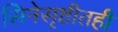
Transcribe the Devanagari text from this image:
सिनेसृष्टीतही